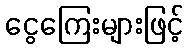
ငွေကြေးများဖြင့်